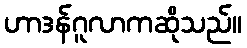
ဟာဒန်ဂူလာကဆိုသည်။